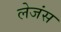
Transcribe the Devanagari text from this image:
लेजंस